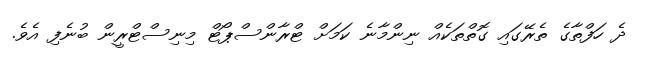
ދެ ހަފްތާގެ ތެރޭގައި ގޮތްތަކެއް ނިންމާނެ ކަމަށް ޓްރާންސްޕޯޓް މިނިސްޓްރީން ބުނެފި އެވެ.